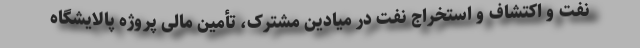
نفت و اکتشاف و استخراج نفت در میادین مشترک، تأمین مالی پروژه پالایشگاه